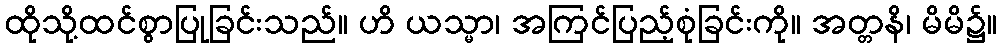
ထိုသို့ထင်စွာပြုခြင်းသည်။ ဟိ ယသ္မာ၊ အကြင်ပြည့်စုံခြင်းကို။ အတ္တနိ၊ မိမိ၌။